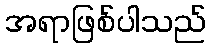
အရာဖြစ်ပါသည်